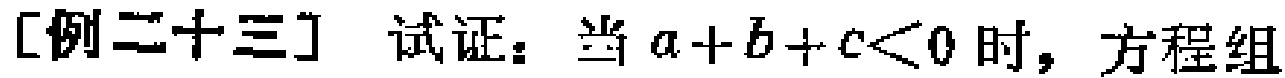
[例二十三] 试证：当 \(a + b + c < 0\) 时，方程组